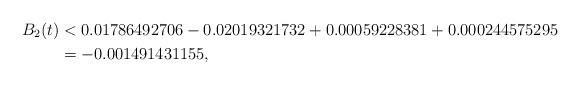
LaTeX: \begin{align*}B_2(t) & < 0.01786492706 - 0.02019321732 + 0.00059228381 + 0.000244575295 \\ & = -0.001491431155 , \end{align*}